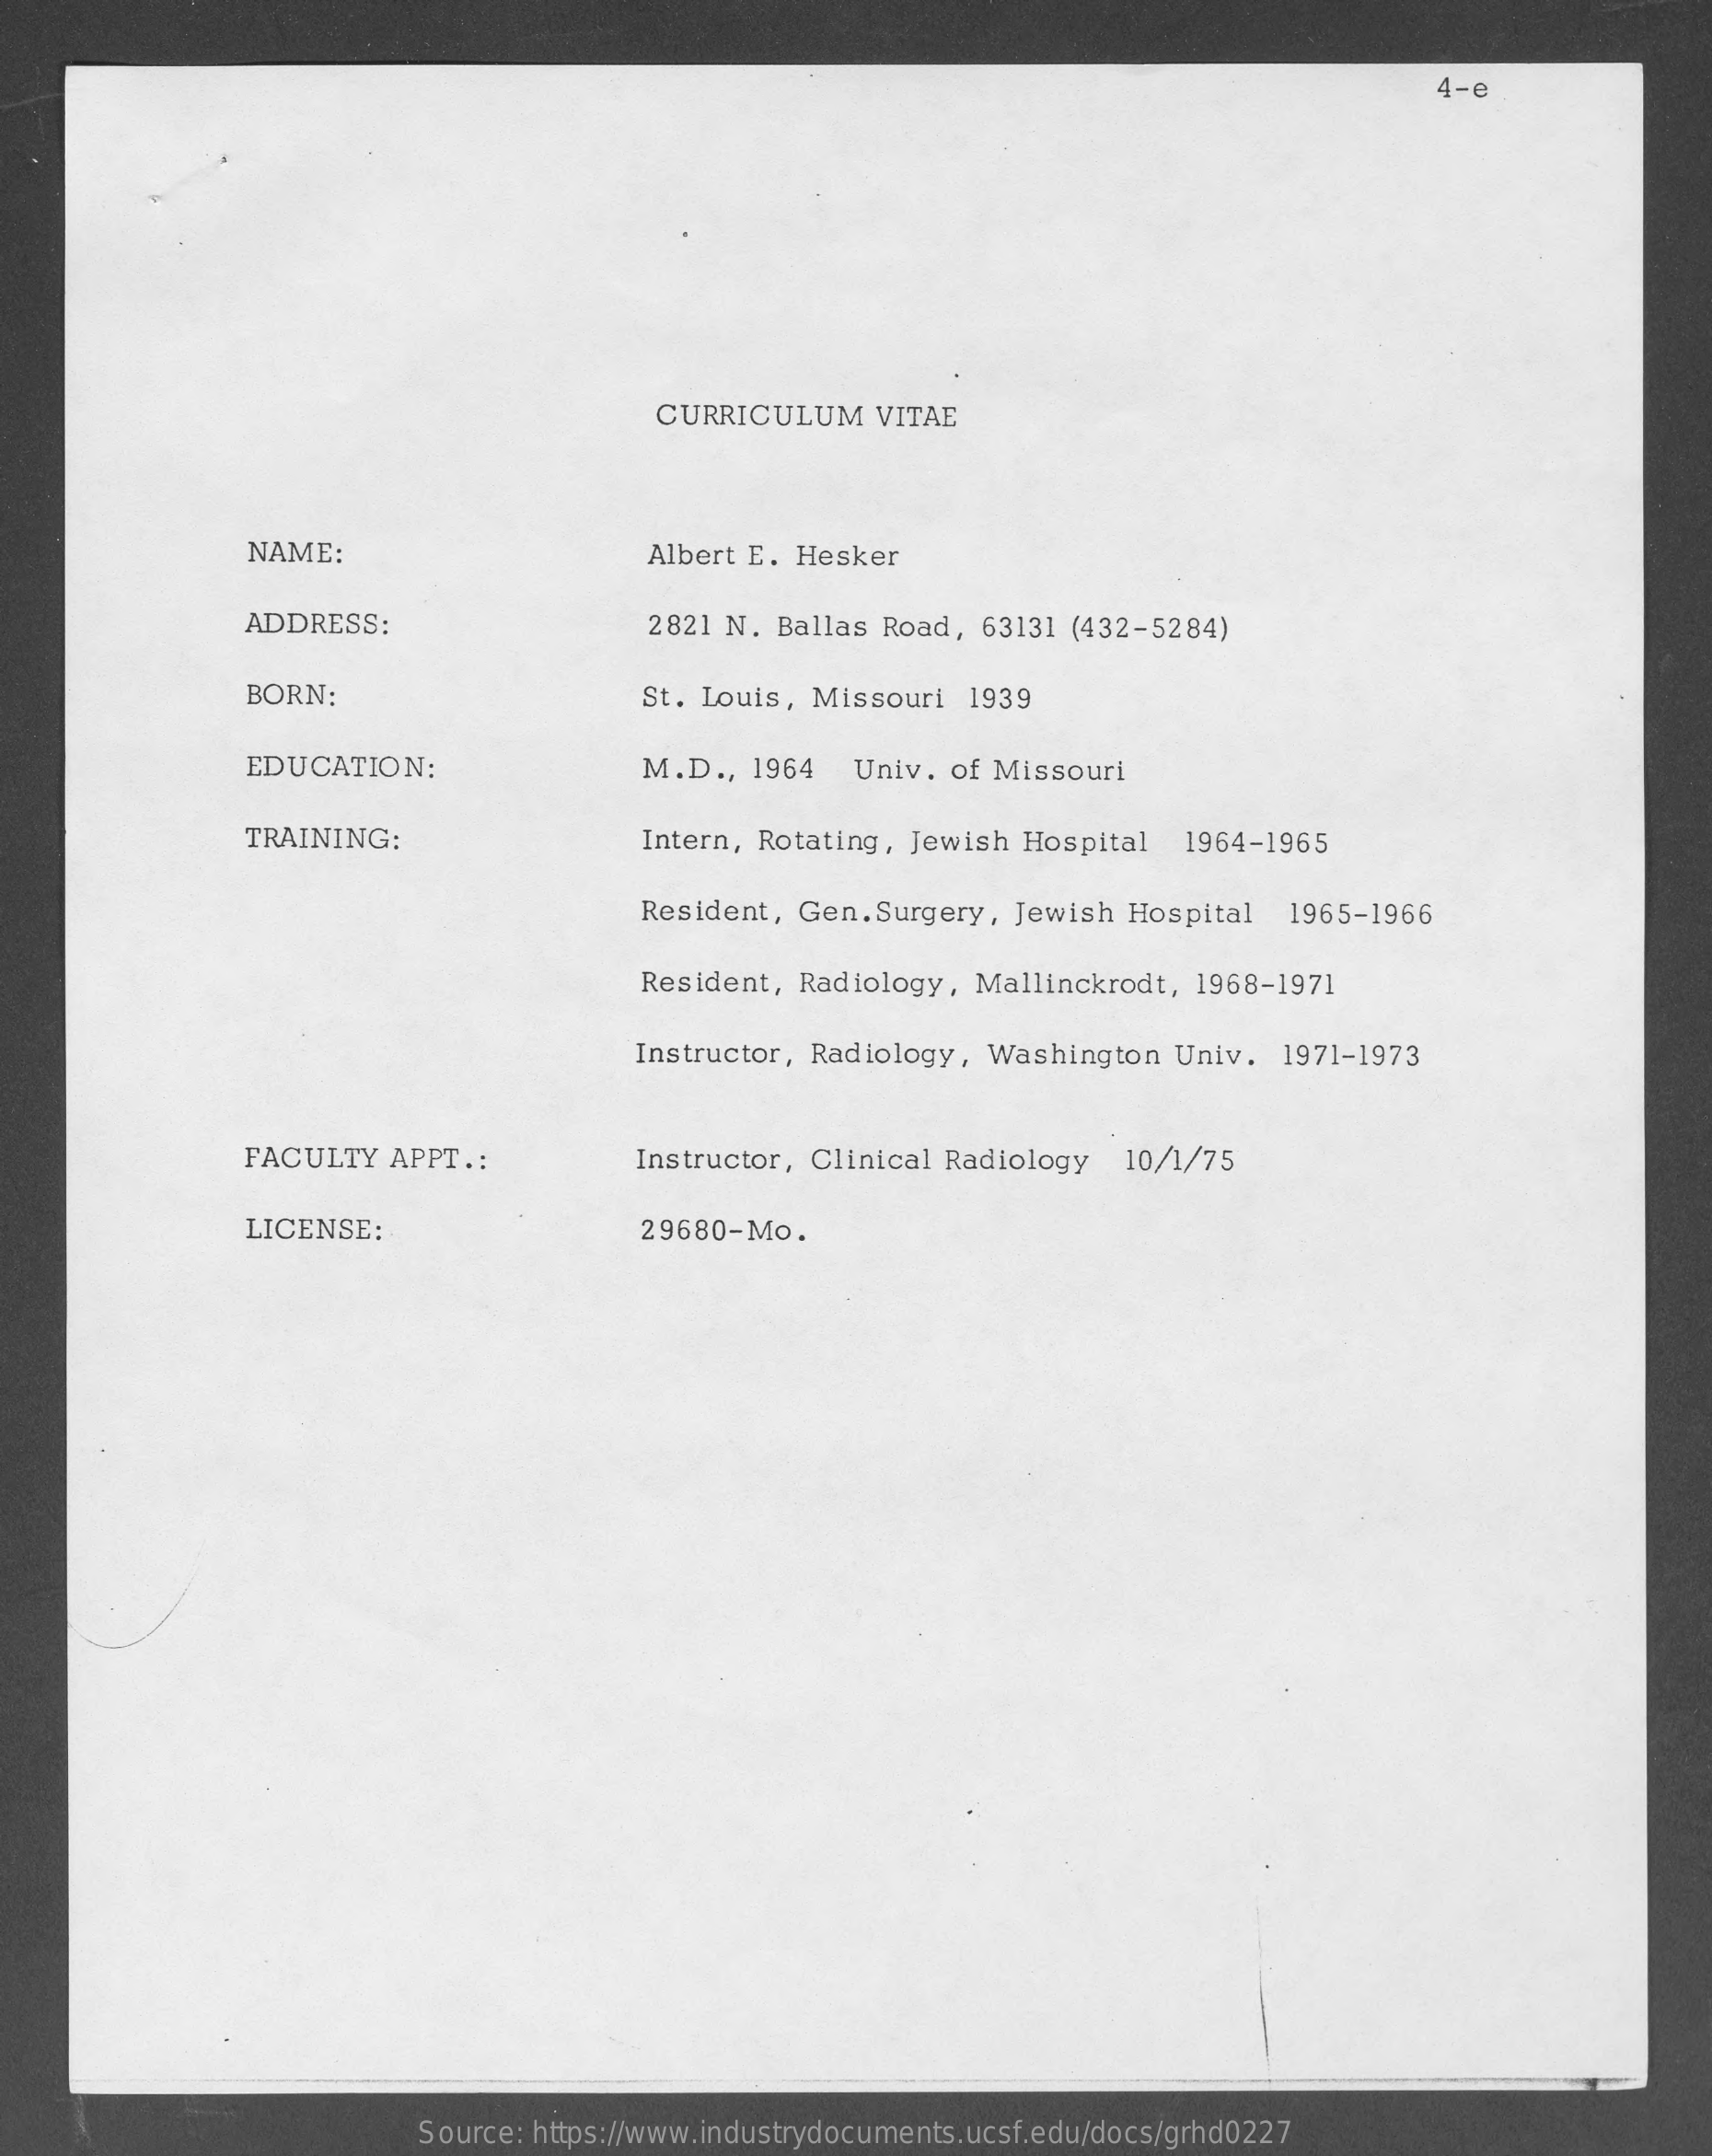
4-e
     CURRICULUM    VITAE
     NAME:    Albert E. Hesker
     ADDRESS:    2821 N. Ballas  Road, 63131 (432-5284)
     BORN:    St. Louis, Missouri  1939
     EDUCATION:    M.D  ., 1964  Univ. of Missouri
     TRAINING:    Intern, Rotating, Jewish Hospital   1964-1965
     Resident, Gen. Surgery, Jewish  Hospital   1965-1966
     Resident, Radiology,  Mallinckrodt,  1968-1971
     Instructor, Radiology,  Washington  Univ.   1971-1973
     FACULTY  APPT .:    Instructor, Clinical Radiology   10/1/75
     LICENSE:    29680-Mo.
     Source: https://www.industrydocuments.ucsf.edu/docs/grhd0227